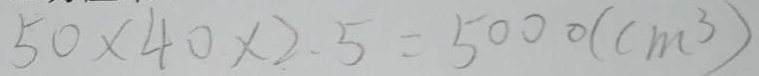
5 0 \times 4 0 \times 2 . 5 = 5 0 0 0 ( c m ^ { 3 } )